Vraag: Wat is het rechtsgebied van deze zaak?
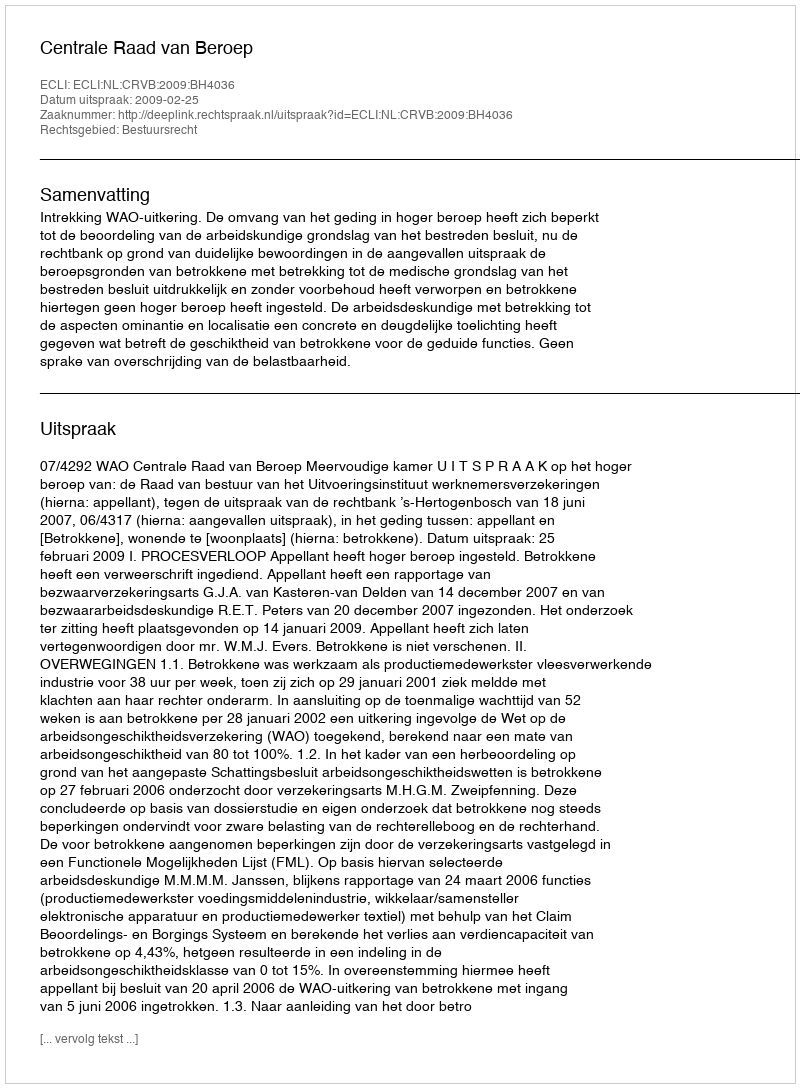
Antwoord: Bestuursrecht